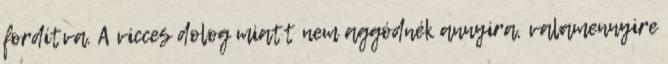
fordítva. A vicces dolog miatt nem aggódnék annyira, valamennyire